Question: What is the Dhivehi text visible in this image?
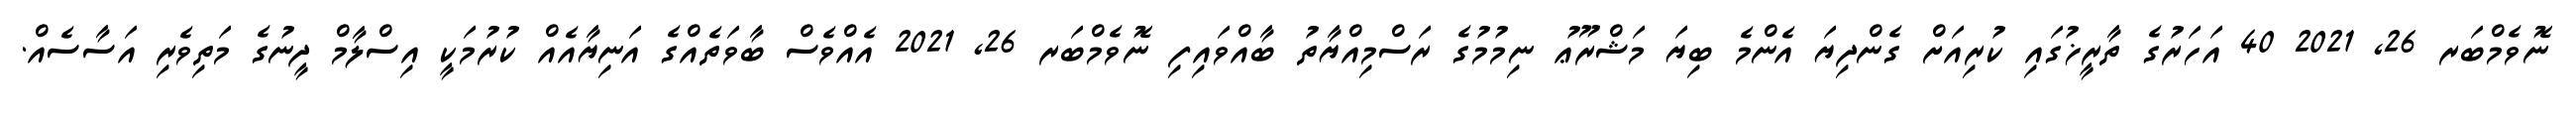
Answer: ނޮވެމްބަރ 26, 2021 40 އަހަރުގެ ތާރީޚުގައި ކުރިއަށް ގެންދިޔަ އެންމެ ބިޔަ މަޝްރޫޢު ނިމުމުގެ ރަސްމިއްޔާތު ބާއްވައިފި ނޮވެމްބަރ 26, 2021 އެއްވެސް ބާވަތެއްގެ އަނިޔާއެއް ކުރުމަކީ އިސްލާމް ދީނުގެ މަތިވެރި އަސާސެއް.